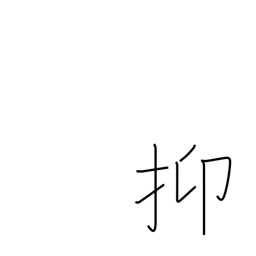
Meaning: in the first place